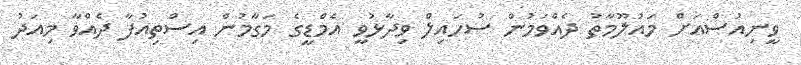
ވީނިއުސްއަށް މައުލޫމާތު ދެއްވަމުން ސުހައިލް ވިދާޅުވީ އެމްޑީގެ މަގާމުން އިސްތިއުފާ ދެއްވާ މިއަދު